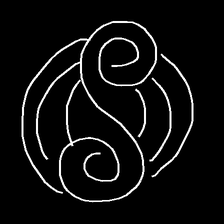
Glyph: wind-underfoot